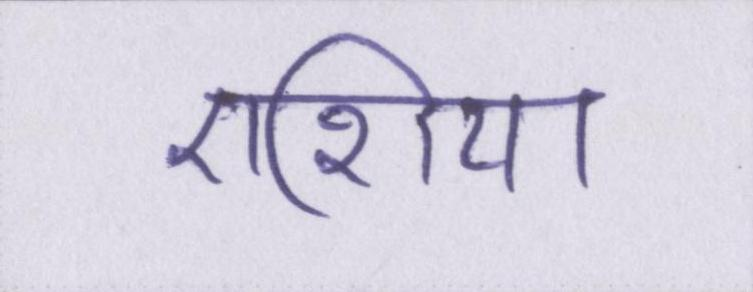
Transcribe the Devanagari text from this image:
एशिया